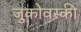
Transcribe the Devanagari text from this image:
जुकोवस्की